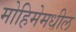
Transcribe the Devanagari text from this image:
मोहिमेमधील